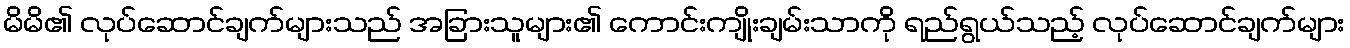
မိမိ၏ လုပ်ဆောင်ချက်များသည် အခြားသူများ၏ ကောင်းကျိုးချမ်းသာကို ရည်ရွယ်သည့် လုပ်ဆောင်ချက်များ